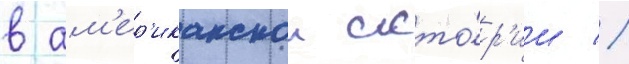
в ам'ер'иканскои исто́р'ии //